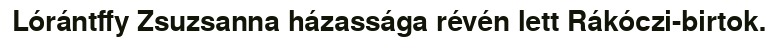
Lórántffy Zsuzsanna házassága révén lett Rákóczi-birtok.